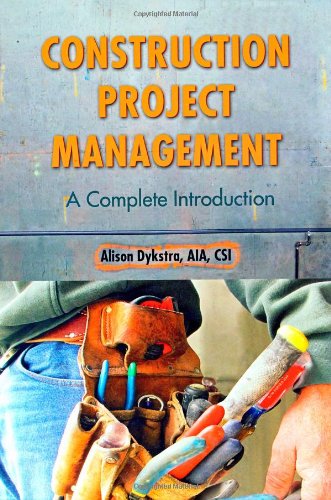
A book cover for Construction Project Management: A Complete Introduction; Alison Dykstra; Business & Money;